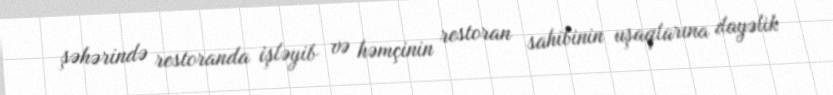
şəhərində restoranda işləyib və həmçinin restoran sahibinin uşaqlarına dayəlik